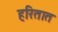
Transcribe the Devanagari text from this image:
हरितात